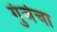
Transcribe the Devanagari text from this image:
गुंजेचा